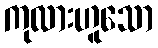
ကုလားဟူသော